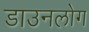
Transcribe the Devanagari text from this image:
डाउनलोग